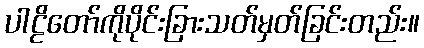
ပါဠိတော်ကိုပိုင်းခြားသတ်မှတ်ခြင်းတည်း။